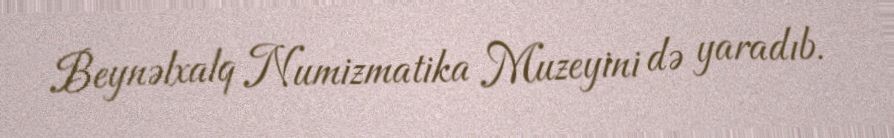
Beynəlxalq Numizmatika Muzeyini də yaradıb.